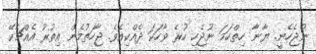
ނުޖެހެނީ. ޔާނާ ހިތްހަމަ ނުޖެހި ހުރެ ވާހަކަ ދެއްކިއެވެ. ޖާހަތުމެން އިތުރު އެއްޗެކޭ